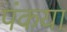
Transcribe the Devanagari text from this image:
पंकया